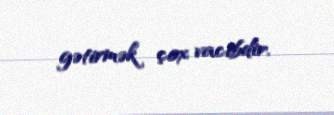
gətirmək çox vacibdir.